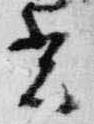
光